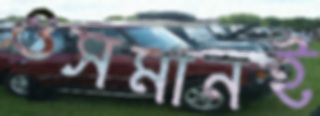
ওসমানই